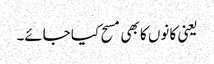
یعنی کا نوں کا بھی مسح کیا جائے۔